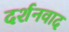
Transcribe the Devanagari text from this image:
दर्शनवाद